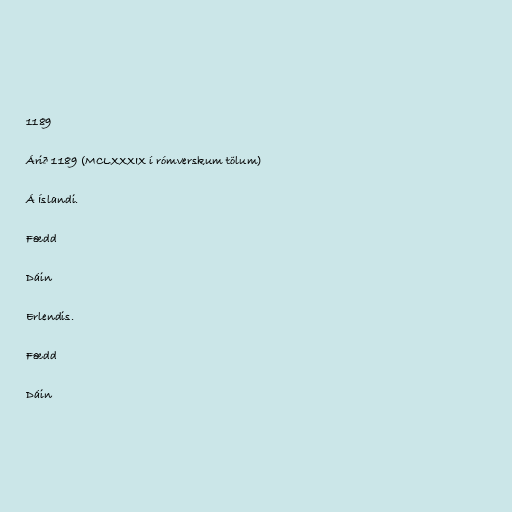
1189

Árið 1189 (MCLXXXIX í rómverskum tölum)

Á Íslandi.

Fædd

Dáin

Erlendis.

Fædd

Dáin